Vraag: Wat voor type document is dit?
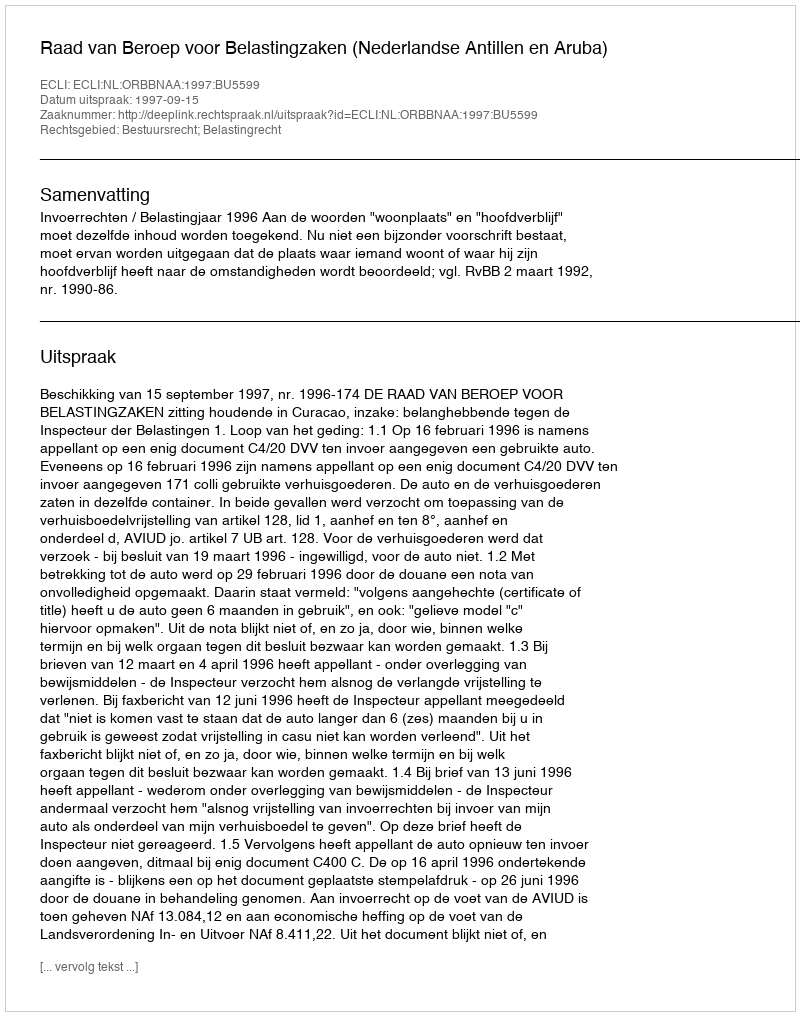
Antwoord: Uitspraak